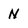
Character: N